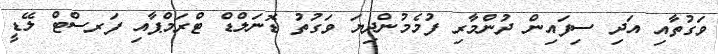
ވަގުތާއި އަދި ސިފައިން ދުންމާރި ފުމެމުންދިޔަ ވަގުތު ޑޮނަލްޑް ޓްރަމްޕާއި ފަރސްޓް ލޭޑީ